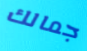
جمالك